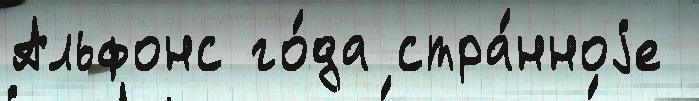
Альфонс го́да стра́нноjе